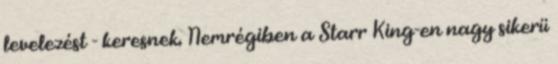
levelezést - keresnek. Nemrégiben a Starr King-en nagy sikerü